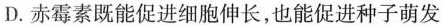
D.赤霉素既能促进细胞伸长，也能促进种子萌发